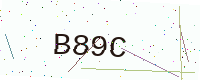
Text: B89C